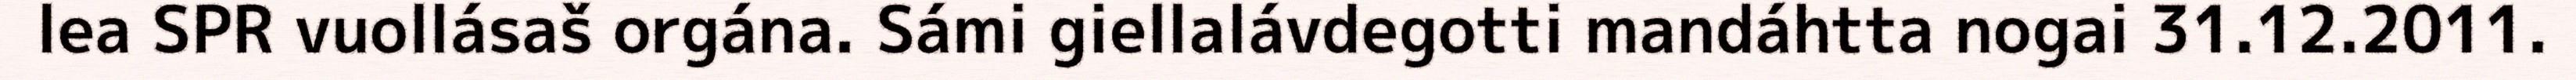
lea SPR vuollásaš orgána. Sámi giellalávdegotti mandáhtta nogai 31.12.2011.